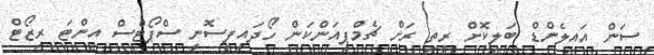
ސަން އައިލެންޑް ބަލިކޮށް ރީތި ރަށް ޗެމްޕިއަންކަން ހޯދައިފިސޮނީ ސްޕޯޓްސް އިންޓަ ރިޒޯޓް